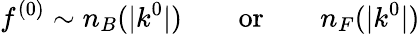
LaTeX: f^{(0)}\sim n_{B}(|k^{0}|)\qquad\mathrm{or}\qquad n_{F}(|k^{0}|)